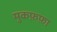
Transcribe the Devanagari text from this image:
मुकफ़फ़ा